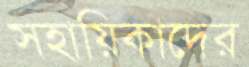
সহায়িকাদের